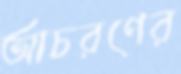
আচরণের